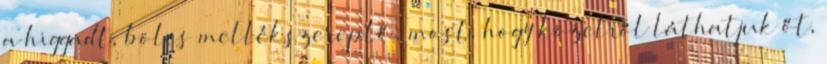
a higgadt, bölcs mellékszereplő; most, hogy közelről láthatjuk őt,